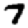
Digit: 7